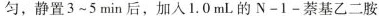
匀，静置3~5min后，加入1.0mL的N-1-萘基乙二胺